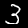
Label: 3